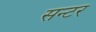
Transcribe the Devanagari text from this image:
सन्टर